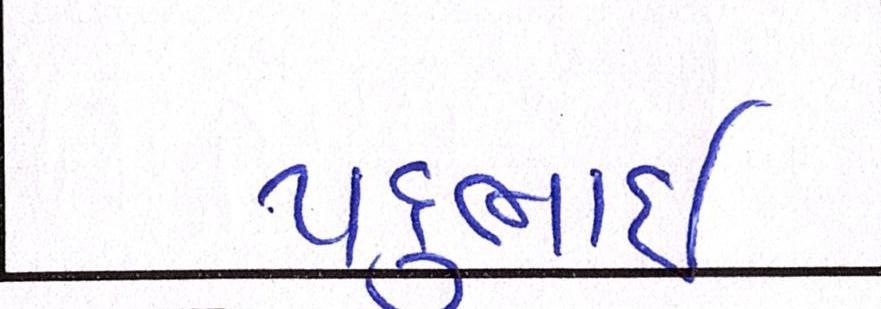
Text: પદુભાઈ